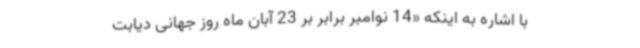
با اشاره به اینکه «14 نوامبر برابر بر 23 آبان ماه روز جهانی دیابت